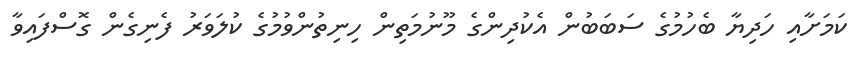
ކަމަށާއި ހަދިޔާ ބެހުމުގެ ސަބަބުން އެކުދިންގެ މޫނުމަތިން ހިނިތުންވުމުގެ ކުލަވަރު ފެނިގެން ގޮސްފައިވާ